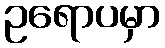
ဥရောပမှာ